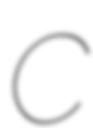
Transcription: C